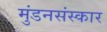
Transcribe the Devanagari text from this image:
मुंडनसंस्कार